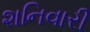
શનિવારી